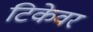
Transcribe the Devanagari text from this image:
टिकेवर